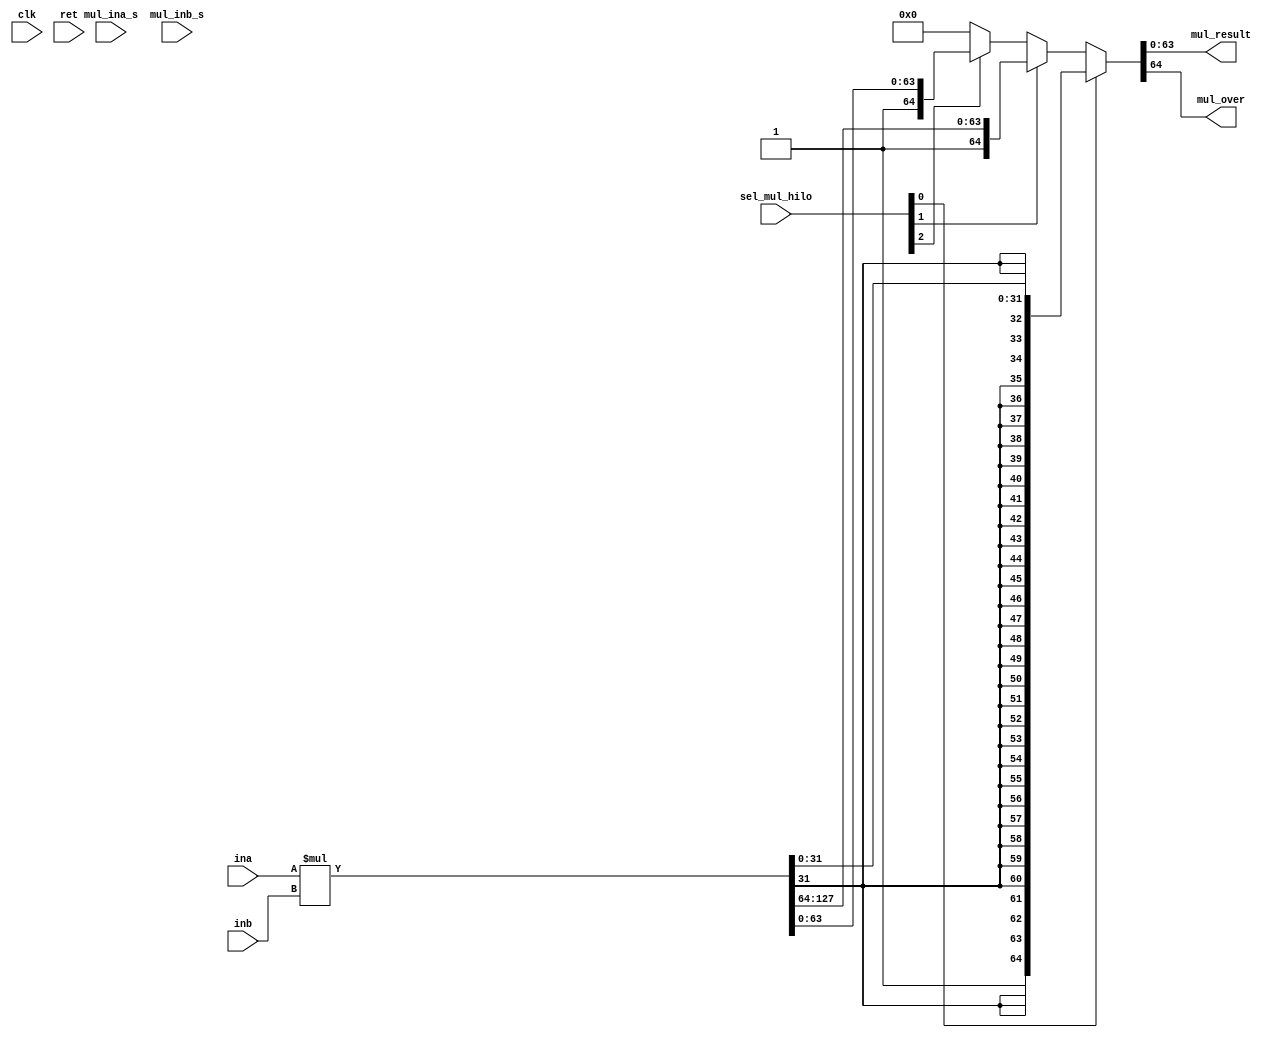
module ysyx_2022040010_mul (
//     input wire clk,
//     input wire ret,

//     input wire mul_32,

//     input wire mul_ina_s,
//     input wire [63: 0] ina,

//     input wire mul_inb_s,
//     input wire [63: 0] inb,
//     input wire [ 2: 0] sel_mul_hilo,

//     output wire signed [63: 0] mul_result, //TODO: what is signed
//     output wire mul_over  
// );

//     wire [127:0] mul_result_temp;

//     // reg one_mul_signed;
//     reg [63:0] one_ina;
//     reg [63:0] one_inb;
//     reg signed [128:0] mul_temp [32:0];
//     wire signed [64:0] ext_ina;
//     wire signed [64:0] ext_inb;
//     wire [1:0] code [32:0];
//     reg [65:0] complemet [31:0];
//     reg [64:0] complemet1 [31:0];
//     wire [128:0] out; 

//     assign ext_ina = {mul_ina_s & ina[63], ina};
//     assign ext_inb = {mul_inb_s & inb[63], inb};
        
//     //decoder
//     // code[i][0] == 1    << 1    /  code[i][0] == 0   origin
//     // code[i][0] == 1   -    /  code[i][0] == 1   +
//     assign code[0][0] = ext_ina[1] & ext_ina[0];
//     assign code[0][1] = ext_ina[1] & ext_ina[0];
//     genvar gv_i;
//     generate
//         for ( gv_i = 1; gv_i < 32; gv_i = gv_i + 1 )
//         begin: decoder
//             assign code[gv_i][0] = ( ext_ina[gv_i*2-1] & ext_ina[gv_i*2] & ~ext_ina[gv_i*2+1]) + (~ext_ina[gv_i*2-1] & ~ext_ina[gv_i*2] & ext_ina[gv_i*2+1]);
//             assign code[gv_i][1] = (~ext_ina[gv_i*2-1] & ext_ina[gv_i*2] &  ext_ina[gv_i*2+1]) + (~ext_ina[gv_i*2  ] &  ext_ina[gv_i*2+1]);
//         end
//     endgenerate
//     assign code[32][1] = 1'b0;
//     assign code[32][0] = 1'b0;


//     // 0 & 32 special code 
//     always @(*) begin
//         case(code[0])
//             2'b00: begin // 0
//                 mul_temp[0] = 129'b0;
//             end
//             2'b01: begin // +[x]
//                 mul_temp[0] = { {64{ext_inb[63]}}, ext_inb};
//             end
//             2'b10: begin // (~[x] + 1) << 1
//                 complemet[0] = { {{~ext_inb} + 1}, 1'b0} ;
//                 mul_temp[0] = { {63{complemet[0][65]} }, complemet[0]  };
//             end
//             2'b11: begin // ~[x] + 1
//                 complemet1[0] = (~ext_inb + 1);
//                 mul_temp[0] =  { {64{complemet1[0][64]} }, complemet1[0]  };
//             end
//             default: begin
//                 mul_temp[0] = 129'b0;
//             end
//         endcase
//         case(code[32])
//             2'b00: begin
//                 mul_temp[32] = ext_ina[63] ? { ext_inb, 64'b0} : 129'b0;
//             end
//             default: begin
//                 mul_temp[32] = 129'b0;
//             end            
//         endcase
//     end

//     genvar gv_j;
//     generate
//         for ( gv_j = 1; gv_j < 32; gv_j = gv_j + 1 ) begin:booth
//             always @(*) begin
//                 case(code[gv_j])
//                     2'b00: begin     // 00 +[x]
//                         complemet[gv_j] = 66'b0;
//                         complemet1[gv_j] = 65'b0;
//                         mul_temp[gv_j] = ( { ~ext_ina[gv_j+1] } & { ~ext_ina[gv_j] } & { ~ext_ina[gv_j] } ) ? 129'b0 : { { (64-gv_j*2){ext_inb[64]} }, ext_inb, { (2*gv_j){1'b0} } };
//                     end
//                     2'b01: begin    // 01 +[x] << 1
//                         complemet[gv_j] = 66'b0;
//                         complemet1[gv_j] = 65'b0;
//                         mul_temp[gv_j] = {{(64-gv_j*2){ext_inb[63]}}, ext_inb << 1, {(gv_j*2){1'b0}} }; 
//                     end
//                     2'b10: begin    // 10 ~[x]+1
//                         complemet[gv_j] = 66'b0;
//                         complemet1[gv_j] = ~ext_inb + 1;
//                         mul_temp[gv_j] = { {(64-gv_j*2){complemet1[gv_j][64]} }, complemet1[gv_j], {(gv_j*2){1'b0}} };
//                     end             
//                     2'b11: begin    // 11 (~[x]+1) << 1
//                         complemet[gv_j] = {{~ext_inb + 1}, 1'b0};
//                         complemet1[gv_j] = 65'b0;
//                         mul_temp[gv_j] = { {(63-gv_j*2){complemet[gv_j][65]} }, complemet[gv_j], {(gv_j*2){1'b0}} };
//                     end
//                     default: begin
//                         complemet[gv_j] = 66'b0;
//                         complemet1[gv_j] = 65'b0;
//                         mul_temp[gv_j] = 129'b0;
//                     end
//                 endcase
//             end
//         end
//     endgenerate
//     //Wallace Tree

//     // level one
//     wire signed [128:0] temp1_s [10:0];
//      /* verilator lint_off UNOPTFLAT */
//     wire signed [128:0] carry [29:0];//11+
//     ysyx_2022040010_cradder u0(.ina(mul_temp[32]), .inb(mul_temp[31]), .inc(mul_temp[30]), .s(temp1_s[0]), .c(carry[ 0]));
//     genvar gv_l;
//     generate
//         for (gv_l = 0; gv_l <11; gv_l = gv_l + 1 )
//         begin: level1
//             ysyx_2022040010_cradder ux(.ina(mul_temp[(gv_l*3+2)]), .inb(mul_temp[(gv_l*3+1)]), .inc(mul_temp[(gv_l*3)]), .s(temp1_s[gv_l]), .c(carry[ gv_l]));
//         end
//     endgenerate

//     //level two
//     wire signed [128:0] temp2_s [6:0];//
//     ysyx_2022040010_cradder u11(.ina(temp1_s[0]), .inb(temp1_s[1]), .inc(temp1_s[2]), .s(temp2_s[0]), .c(carry[11]));  
//     ysyx_2022040010_cradder u12(.ina(temp1_s[3]), .inb(temp1_s[4]), .inc(temp1_s[5]), .s(temp2_s[1]), .c(carry[12]));  
//     ysyx_2022040010_cradder u13(.ina(temp1_s[6]), .inb(temp1_s[7]), .inc(temp1_s[8]), .s(temp2_s[2]), .c(carry[13]));  
//     ysyx_2022040010_cradder u14(.ina(temp1_s[9]), .inb(temp1_s[10]), .inc(carry[0]),  .s(temp2_s[3]), .c(carry[14]));  
//     ysyx_2022040010_cradder u15(.ina(carry[1]), .inb(carry[2]), .inc(carry[3]),       .s(temp2_s[4]), .c(carry[15]));
//     ysyx_2022040010_cradder u16(.ina(carry[4]), .inb(carry[5]), .inc(carry[6]),       .s(temp2_s[5]), .c(carry[16]));
//     ysyx_2022040010_cradder u17(.ina(carry[7]), .inb(carry[8]), .inc(carry[9]),       .s(temp2_s[6]), .c(carry[17]));  //carry[10]

//     // level three
//     wire signed [128:0] temp3_s [4:0];
//     ysyx_2022040010_cradder u18(.ina(carry[10]), .inb(temp2_s[0]), .inc(temp2_s[1]),  .s(temp3_s[0]), .c(carry[18]));
//     ysyx_2022040010_cradder u19(.ina(temp2_s[2]), .inb(temp2_s[3]), .inc(temp2_s[4]), .s(temp3_s[1]), .c(carry[19]));
//     ysyx_2022040010_cradder u20(.ina(temp2_s[5]), .inb(temp2_s[6]), .inc(carry[11]),  .s(temp3_s[2]), .c(carry[20]));
//     ysyx_2022040010_cradder u21(.ina(carry[12]), .inb(carry[13]), .inc(carry[14]),    .s(temp3_s[3]), .c(carry[21]));
//     ysyx_2022040010_cradder u22(.ina(carry[15]), .inb(carry[16]), .inc(carry[17]),    .s(temp3_s[4]), .c(carry[22]));

//     // level four 
//     wire signed [128:0] temp4_s [2:0];
//     ysyx_2022040010_cradder u23(.ina(carry[18]), .inb(carry[19]), .inc(carry[20]),    .s(temp4_s[0]), .c(carry[23]));
//     ysyx_2022040010_cradder u24(.ina(carry[21]), .inb(carry[22]), .inc(temp3_s[0]),   .s(temp4_s[1]), .c(carry[24]));
//     ysyx_2022040010_cradder u25(.ina(temp3_s[1]), .inb(temp3_s[2]), .inc(temp3_s[3]), .s(temp4_s[2]), .c(carry[25])); //temp3_s[4]

//     // level five
//     wire signed [128:0] temp5_s [1:0];
//     ysyx_2022040010_cradder u26(.ina(temp3_s[4]), .inb(temp4_s[0]), .inc(temp4_s[1]), .s(temp5_s[0]), .c(carry[26]));
//     ysyx_2022040010_cradder u27(.ina(temp4_s[2]), .inb(carry[23]), .inc(carry[24]),   .s(temp5_s[1]), .c(carry[27])); //carry[25]

//     // level six
//     wire signed [128:0] temp6_s [1:0];
//     ysyx_2022040010_cradder u28(.ina(carry[25]), .inb(carry[26]), .inc(carry[27]),    .s(temp6_s[0]), .c(carry[28]));
//     ysyx_2022040010_cradder u29(.ina(temp5_s[0]), .inb(temp5_s[1]), .inc(carry[28]),  .s(temp6_s[1]), .c(carry[29])); //- carry[28]

//     wire signed [128:0] s;
//     wire signed [128:0] c;
//     ysyx_2022040010_cradder u30(.ina(carry[29]), .inb(temp6_s[0]), .inc(temp6_s[1]),    .s(s), .c(c));

//     assign out = s + c;

//     assign {mul_over, mul_result} = sel_mul_hilo[0] ? {1'b1,{{32{out[31]}}, out[31: 0]}} :
//                         sel_mul_hilo[1] ? {1'b1, out[127:64]} :
//                         sel_mul_hilo[2] ? {1'b1, out[ 63: 0]} : {1'b0, 64'b0};
    
// endmodule
module ysyx_2022040010_cradder (
//     input wire  [128:0] ina,
//     input wire  [128:0] inb,
//     input wire  [128:0] inc,
//     output wire [128:0] s,
//     /* verilator lint_off UNOPTFLAT */
//     output wire [128:0] c
// );

//     assign c[0] = 1'b0;
//     wire ov;
//     genvar gv_a;

//     generate
//         for (gv_a = 0; gv_a <128; gv_a = gv_a + 1 ) begin: cra
//             ysyx_2022040010_fb bitx (.a(ina[gv_a]), .b(inb[gv_a]), .cin(inc[gv_a]), .s(s[gv_a]), .c(c[gv_a+1]));
//         end
//     endgenerate
    
//     ysyx_2022040010_fb bit128 (.a(ina[128]), .b(inb[128]), .cin(inc[128]), .s(s[128]), .c(ov));
    
// endmodule
module ysyx_2022040010_mul (
    input wire clk,
    input wire ret,

    input wire mul_ina_s,
    input wire [63: 0] ina,

    input wire mul_inb_s,
    input wire [63: 0] inb,
    input wire [ 2: 0] sel_mul_hilo,

    output wire signed [63: 0] mul_result, //TODO: what is signed
    output wire mul_over  
);

    wire [127:0] out; 

    assign out = ina * inb;

    assign {mul_over, mul_result} = sel_mul_hilo[0] ? {1'b1,{{32{out[31]}}, out[31: 0]}} :
                        sel_mul_hilo[1] ? {1'b1, out[127:64]} :
                        sel_mul_hilo[2] ? {1'b1, out[ 63: 0]} : {1'b0, 64'b0};
    


endmodule